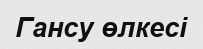
Гансу өлкесі